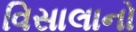
વિસાલાનો